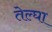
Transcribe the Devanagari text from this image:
तेल्घा